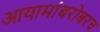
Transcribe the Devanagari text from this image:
आयामांबरोबरच